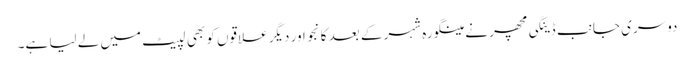
دوسری جانب ڈینگی مچھر نے مینگورہ شہر کے بعد کانجو اور دیگر علاقوں کو بھی لپیٹ میں لے لیا ہے۔